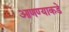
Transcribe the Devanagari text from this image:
आणण्याकडे